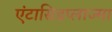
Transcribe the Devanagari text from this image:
एंटासिडप्लाज्मा